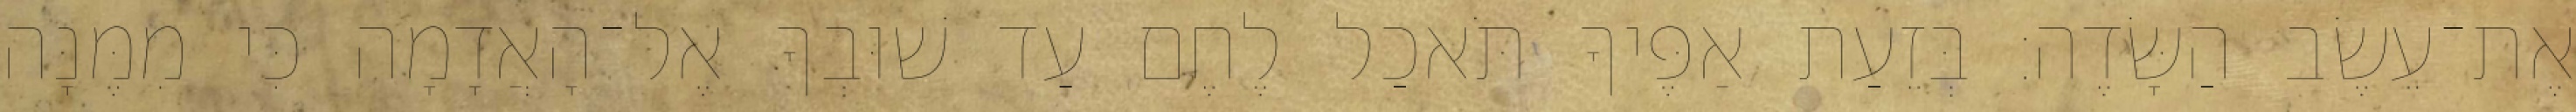
אֶת־עֵשֶׂב הַשָּׂדֶה׃ בְּזֵעַת אַפֶּיךָ תֹּאכַל לֶחֶם עַד שׁוּבְךָ אֶל־הָאֲדָמָה כִּי מִמֶּנָּה